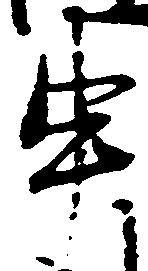
申